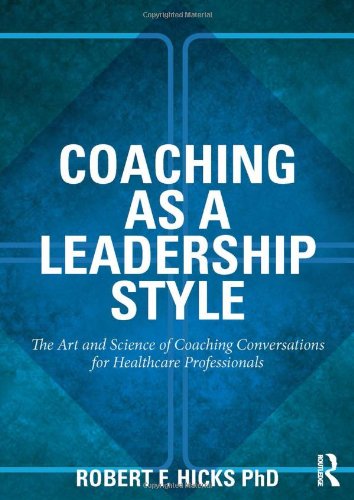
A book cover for Coaching as a Leadership Style: The Art and Science of Coaching Conversations for Healthcare Professionals; Robert F. Hicks  PhD.; Medical Books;